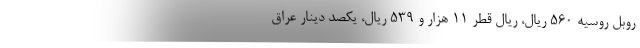
روبل روسیه ۵۶۰ ریال، ریال قطر ۱۱ هزار و ۵۳۹ ریال، یکصد دینار عراق